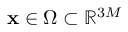
\mathbf { x } \in \Omega \subset \mathbb { R } ^ { 3 M }